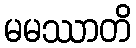
မမဿာတိ